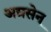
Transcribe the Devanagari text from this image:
अग्रसेन्